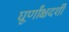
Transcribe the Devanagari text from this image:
घूर्णांक्षदर्शी